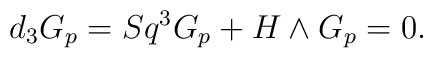
d_3 G_p=Sq^3G_p+H\wedge G_p=0.